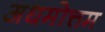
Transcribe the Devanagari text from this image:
अधमोत्तम